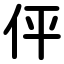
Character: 伻